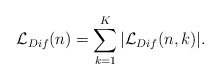
\begin{align*}\mathcal{L}_{Dif}(n)=\sum_{k=1}^K |\mathcal{L}_{Dif}(n,k) |.\end{align*}